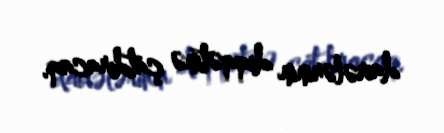
dairələrinin diqqətinə çatdıracaq.